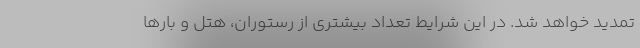
تمدید خواهد شد. در این شرایط تعداد بیشتری از رستوران، هتل و بارها